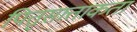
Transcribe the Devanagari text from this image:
पितृसात्ताकता